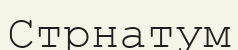
Стрнатум